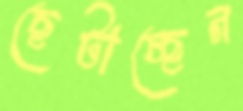
ছেটাচ্ছেন